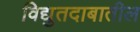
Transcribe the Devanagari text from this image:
विद्युतदाबातील